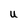
Character: U